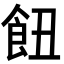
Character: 𩚖